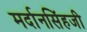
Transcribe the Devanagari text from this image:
मर्दानसिंहजी